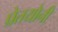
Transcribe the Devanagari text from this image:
प्रेतयोनी